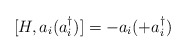
\begin{align*}[H, a_i (a_i^\dagger)] = -a_i(+a_i^\dagger)\end{align*}